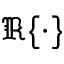
\Re \{ \cdot \}